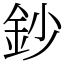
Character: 鈔